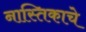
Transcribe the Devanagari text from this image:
नास्तिकाचे